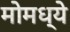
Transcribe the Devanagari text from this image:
मोमध्ये